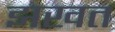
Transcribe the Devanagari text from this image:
झखत